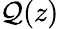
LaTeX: \mathcal{Q}(z)